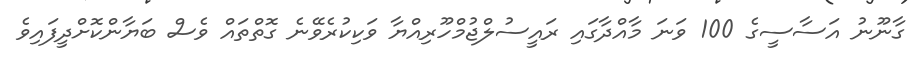
ގާނޫނު އަސާސީގެ 100 ވަނަ މާއްދާގައި ރައީސުލްޖުމްހޫރިއްޔާ ވަކިކުރެވޭނެ ގޮތްތައް ވެސް ބަޔާންކޮށްދީފައިވެ